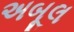
અબૂલ